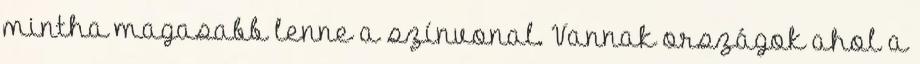
mintha magasabb lenne a színvonal. Vannak országok ahol a